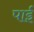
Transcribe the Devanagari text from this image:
पाईंं